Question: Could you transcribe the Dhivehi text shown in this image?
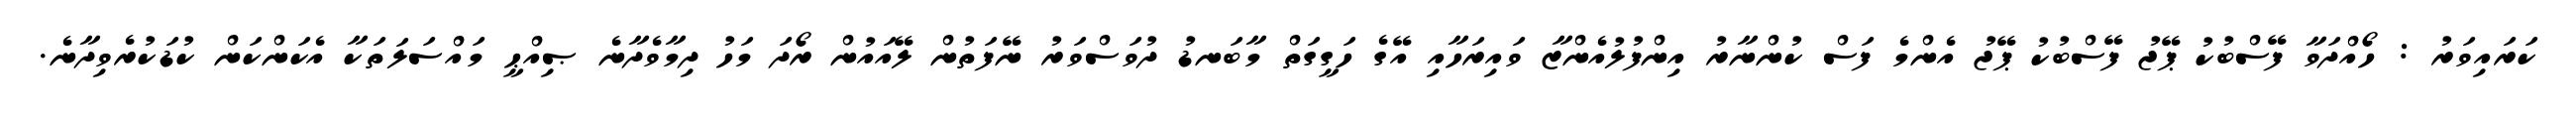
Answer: ކަރައިވަރު : ހޯއްދަވާ ފޭސްބުކު ޕޭޖު ފޭސްބުކު ޕޭޖު އެންމެ ފަސް ކުންނާރު އިންފުލުއެންޒާ ވައިރަހާއި އޭގެ ހަގީގަތް މާބަނޑު ދުވަސްވަރު ނޭފަތުން ލޭއައުން ރޯދަ މަހު ދިމާވެދާނެ ޞިއްޙީ މައްސަލަތަކާ އެކަންކަން ކުޑަކުރެވިދާނެ.